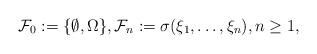
LaTeX: \begin{align*}\mathcal{F}_0 := \{\emptyset, \Omega\},\mathcal{F}_n := \sigma(\xi_1, \dots, \xi_n),n \geq 1,\end{align*}